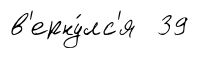
в'ерну́лс'я 39